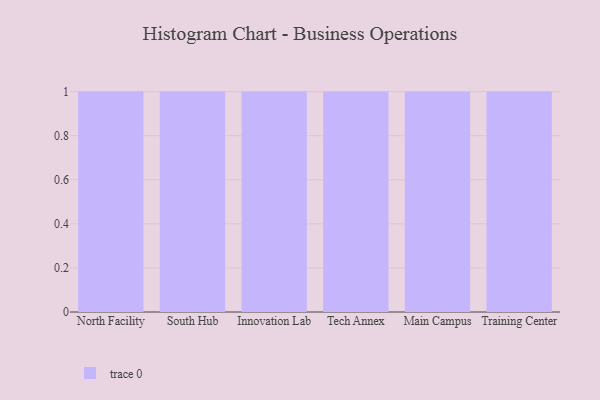
{"axis": {"x": "Campus", "y": "Population (Million)"}, "legend": [""], "data": [{"x": "North Facility", "y": 73, "type": ""}, {"x": "South Hub", "y": 8, "type": ""}, {"x": "Innovation Lab", "y": 1, "type": ""}, {"x": "Tech Annex", "y": 34, "type": ""}, {"x": "Main Campus", "y": 93, "type": ""}, {"x": "Training Center", "y": 60, "type": ""}]}